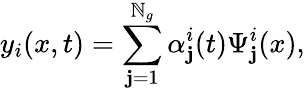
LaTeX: y_{i}(x,t)=\sum_{\mathbf{j}=1}^{\mathbb{N}_{g}}\alpha_{\mathbf{j}}^{i}(t)\Psi_{\mathbf{j}}^{i}(x),